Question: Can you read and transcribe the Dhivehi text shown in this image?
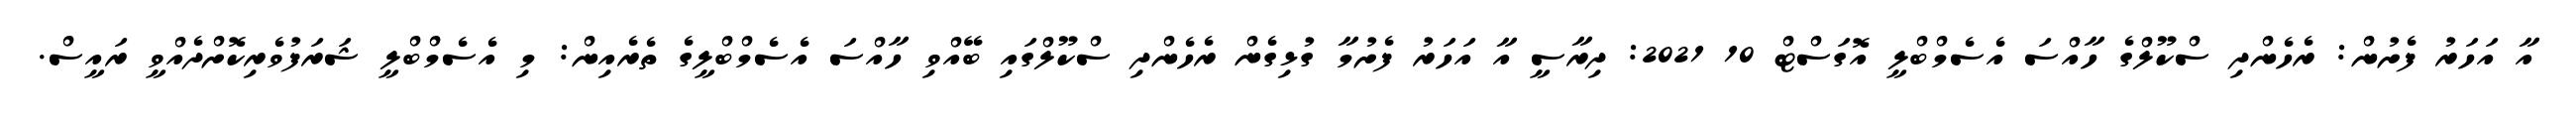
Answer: އާ އަހަރު ފެށުން: ރެހެންދި ސްކޫލްގެ ހާއްސަ އެސެމްބްލީ އޮގަސްޓް 10 2021: ދިރާސީ އާ އަހަރު ފެށުމާ ގުޅިގެން ރެހެންދި ސްކޫލްގައި ބޭއްވި ހާއްސަ އެސެމްބްލީގެ ތެރެއިން: މި އެސެމްބްލީ ޝަރަފުވެރިކޮށްދެއްވީ ރައީސް.